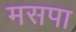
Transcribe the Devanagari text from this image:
मसपा